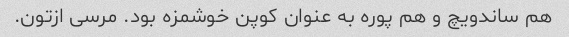
هم ساندویچ و هم پوره به عنوان کوپن خوشمزه بود. مرسی ازتون.